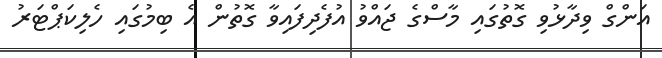
އަންގް ވިދާޅުވި ގޮތުގައި މާސްގެ ޖައްވު އުފެދިފައިވާ ގޮތުން އެ ބިމުގައި ހެލިކަޕްޓަރު